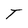
Character: T